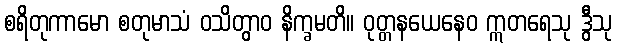
စရိတုကာမော စတုမာသံ ဝသိတွာဝ နိက္ခမတိ။ ဝုတ္တနယေနေဝ ဣတရေသု ဒွီသု